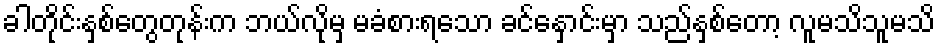
ခါတိုင်းနှစ်တွေတုန်းက ဘယ်လိုမှ မခံစားရသော ခင်နှောင်းမှာ သည်နှစ်တော့ လူမသိသူမသိ